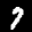
Label: 7